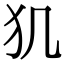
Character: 𤜝